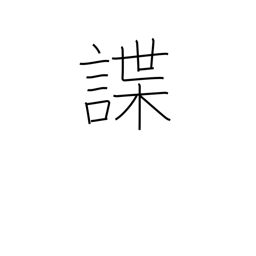
Meaning: reconnoiter